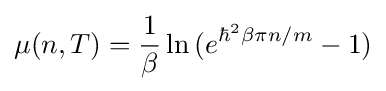
\mu (n,T)={\frac {1}{\beta }}\ln {(e^{\hbar ^{2}\beta \pi n/m}-1)}